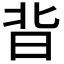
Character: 𭥣